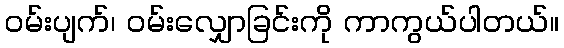
ဝမ်းပျက်၊ ဝမ်းလျှောခြင်းကို ကာကွယ်ပါတယ်။